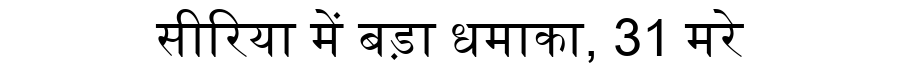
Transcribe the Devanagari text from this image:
सीरिया में बड़ा धमाका, 31 मरे